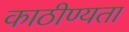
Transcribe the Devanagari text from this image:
काठीण्‍यता